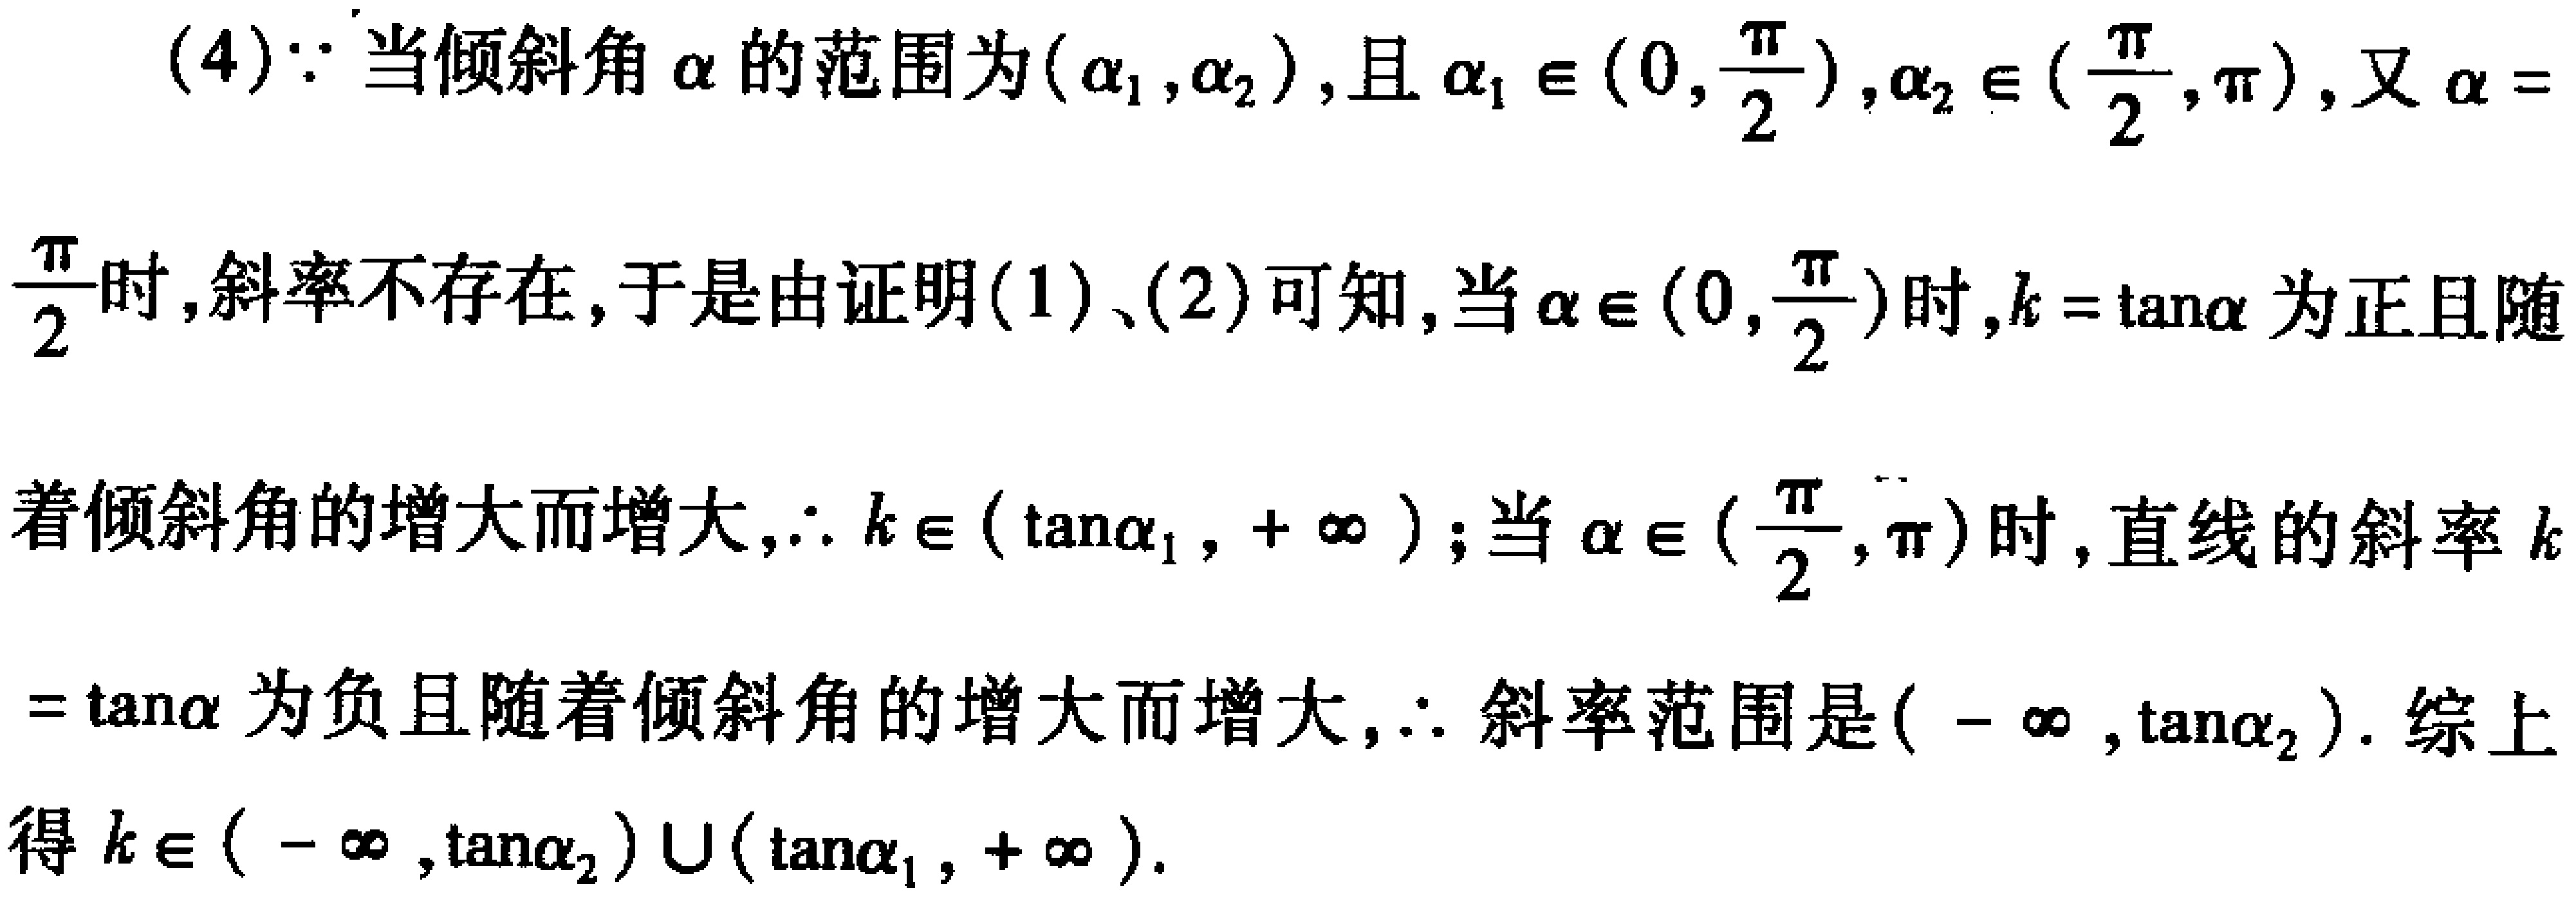
(4)$\because$当倾斜角$\alpha$的范围为$(\alpha_1,\alpha_2)$，且$\alpha_1 \in (0,\frac{\pi}{2})$，$\alpha_2 \in (\frac{\pi}{2},\pi)$，又$\alpha = \frac{\pi}{2}$时，斜率不存在，于是由证明(1)、(2)可知，当$\alpha \in (0,\frac{\pi}{2})$时，$k = \tan\alpha$为正且随着倾斜角的增大而增大，$\therefore k \in (\tan\alpha_1,+\infty)$；当$\alpha \in (\frac{\pi}{2},\pi)$时，直线的斜率$k = \tan\alpha$为负且随着倾斜角的增大而增大，$\therefore$斜率范围是$(-\infty,\tan\alpha_2)$. 综上得$k \in (-\infty,\tan\alpha_2)\cup(\tan\alpha_1,+\infty)$.